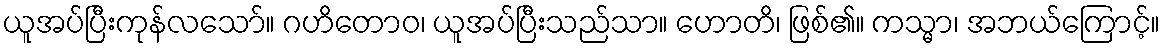
ယူအပ်ပြီးကုန်လသော်။ ဂဟိတောဝ၊ ယူအပ်ပြီးသည်သာ။ ဟောတိ၊ ဖြစ်၏။ ကသ္မာ၊ အဘယ်ကြောင့်။